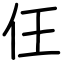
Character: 仼